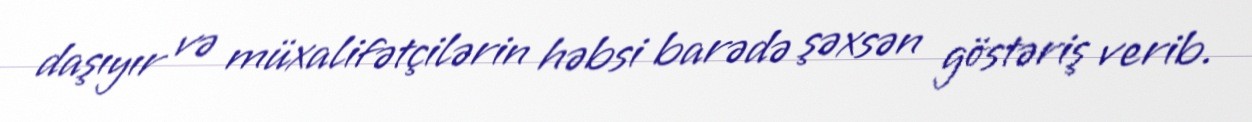
daşıyır və müxalifətçilərin həbsi barədə şəxsən göstəriş verib.